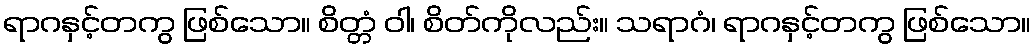
ရာဂနှင့်တကွ ဖြစ်သော။ စိတ္တံ ဝါ၊ စိတ်ကိုလည်း။ သရာဂံ၊ ရာဂနှင့်တကွ ဖြစ်သော။